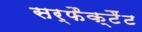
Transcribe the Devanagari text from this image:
सर्फैक्टैंट